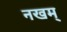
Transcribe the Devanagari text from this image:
नखम्